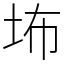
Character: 㘵